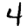
Digit: 4